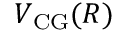
V _ { \mathrm { C G } } ( R )